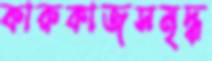
কারুকাজসমৃদ্ধ